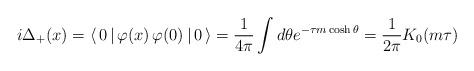
LaTeX: \begin{align*}i\Delta_{+}(x)=\langle\,0\,|\,\varphi(x)\,\varphi(0)\,|\,0\,\rangle=\frac{1}{4\pi}\int d\theta e^{-\tau m\cosh\theta}=\frac{1}{2\pi}K_{0}(m\tau)\end{align*}